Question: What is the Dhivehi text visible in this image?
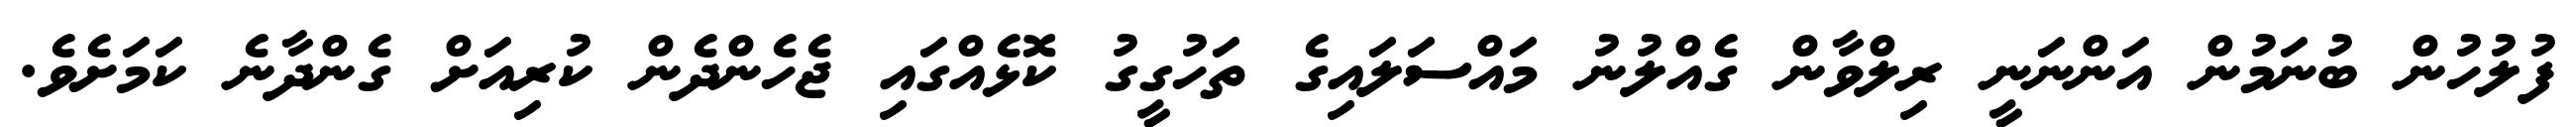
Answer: ފުލުހުން ބުނަމުން އަންނަނީ ރިލްވާން ގެއްލުނު މައްސަލައިގެ ތަހުގީގު ކޮޅެއްގައި ޖެހެންދެން ކުރިއަށް ގެންދާނެ ކަމަށެވެ.